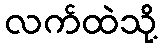
လက်ထဲသို့